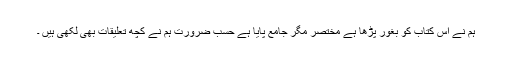
ہم نے اس کتاب کو بغور پڑھا ہے مختصر مگر جامع پایا ہے حسب ضرورت ہم نے کچھ تعلیقات بھی لکھی ہیں ۔